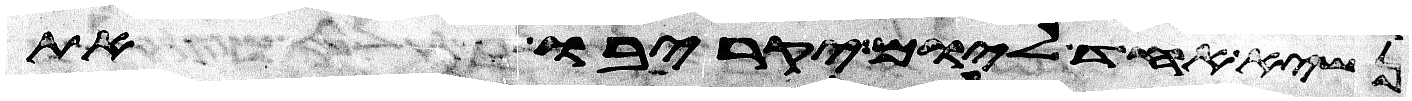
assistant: נשיא אחד ליום יקריבו את